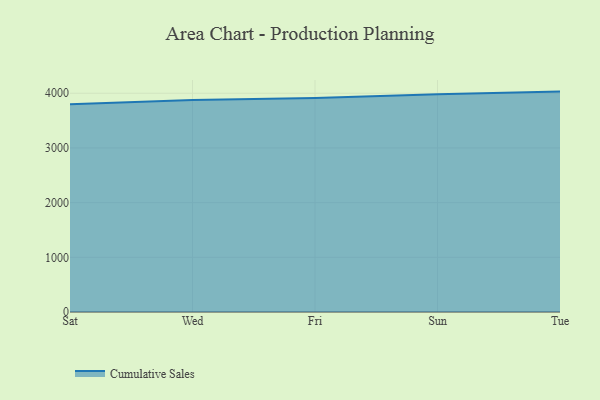
{"axis": {"x": "Day", "y": "Tickets Resolved"}, "legend": ["Cumulative Sales"], "data": [{"x": "Sat", "y": 3796.9, "type": "Cumulative Sales"}, {"x": "Wed", "y": 3878.3, "type": "Cumulative Sales"}, {"x": "Fri", "y": 3913.9, "type": "Cumulative Sales"}, {"x": "Sun", "y": 3979.9, "type": "Cumulative Sales"}, {"x": "Tue", "y": 4029.6, "type": "Cumulative Sales"}]}